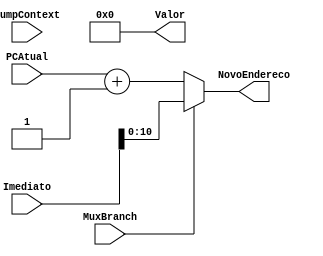
module Branch(
    input [31:0] Imediato,
    input [10:0] PCAtual,
    input MuxBranch, JumpContext,
    output [10:0] NovoEndereco,
	output [10:0] Valor
);

    reg [10:0] InstrucaoModificada;
    reg [10:0] Valor_JumpContext = 11'b0; // Inicialize com zero.

    always @(*) begin
       /* if (JumpContext == 1) begin
        //    Valor_JumpContext = Imediato[10:0];
        end else */ 
		if (MuxBranch == 1) begin
            InstrucaoModificada = Imediato; //+ {21'd0, Valor_JumpContext};
        end else begin
            InstrucaoModificada = PCAtual + 1;
        end
	end

    assign NovoEndereco = InstrucaoModificada[10:0];
	assign Valor = Valor_JumpContext;

endmodule